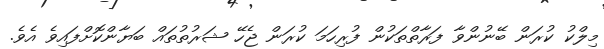
މިލްކު ކުރަން ބޭނުންވާ ފަރާތްތަކުން ފުރިހަމަ ކުރަން ޖެހޭ ޝަރުތުތައް ބަޔާންކޮށްފައިވެ އެވެ.